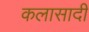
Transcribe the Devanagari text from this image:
कलासादी